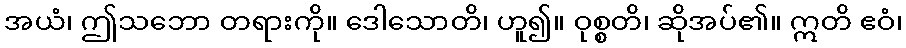
အယံ၊ ဤသဘော တရားကို။ ဒေါသောတိ၊ ဟူ၍။ ဝုစ္စတိ၊ ဆိုအပ်၏။ ဣတိ ဧဝံ၊